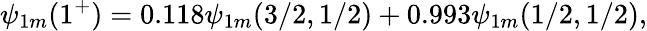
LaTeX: \psi_{1m}(1^{+})=0.118\psi_{1m}(3/2,1/2)+0.993\psi_{1m}(1/2,1/2),